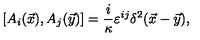
\left[ A _ { i } ( \vec { x } ) , A _ { j } ( \vec { y } ) \right] = \frac { i } { \kappa } \varepsilon ^ { i j } \delta ^ { 2 } ( \vec { x } - \vec { y } ) ,